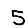
Digit: 5